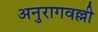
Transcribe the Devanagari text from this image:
अनुरागवल्ली